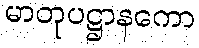
မာတုပဋ္ဌာနကော